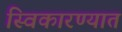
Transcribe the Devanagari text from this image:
स्विकारण्यात